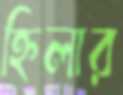
হ্নিলার